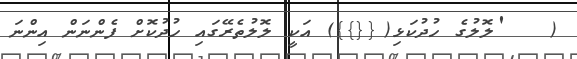
(   'ލޮލުގެ ހުދުކަޅި({{}}) އަކީ ލޮލުތެރޭގައި ހުދުކޮށް ފެންނަން އިންނަ